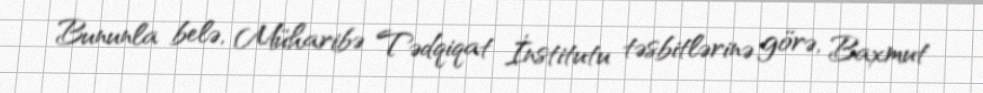
Bununla belə, Müharibə Tədqiqat İnstitutu təsbitlərinə görə, Baxmut